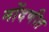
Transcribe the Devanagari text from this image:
नोंदणीत